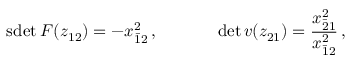
\begin{array} { c c } { { \mathrm { s d e t } \: F ( z _ { 1 2 } ) = - x _ { \bar { 1 } 2 } ^ { 2 } \, , ~ ~ ~ ~ } } & { { ~ ~ ~ ~ \operatorname * { d e t } v ( z _ { 2 1 } ) = \displaystyle { \frac { x _ { \bar { 2 } 1 } ^ { 2 } } { x _ { \bar { 1 } 2 } ^ { 2 } } } \, , } } \end{array}